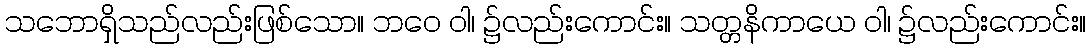
သဘောရှိသည်လည်းဖြစ်သော။ ဘဝေ ဝါ၊ ၌လည်းကောင်း။ သတ္တနိကာယေ ဝါ၊ ၌လည်းကောင်း။